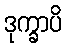
ဒုက္ခာပိ